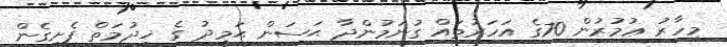
މިހާރު ޢުމުރުން 70ގެ އަހަރުތައް ގުނަމުންދާ ޙަސަން ޙަމީދު ގެ ޚިދުމަތް ފެށިގެން